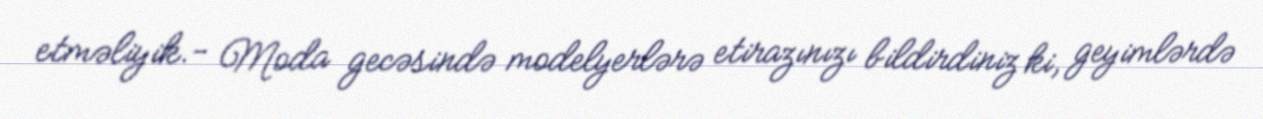
etməliyik.- Moda gecəsində modelyerlərə etirazınızı bildirdiniz ki, geyimlərdə